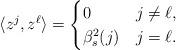
LaTeX: \begin{align*}\langle z^j, z^{\ell}\rangle & = \begin{cases} 0 & j\neq \ell,\\ \beta^2_s(j) & j=\ell. \end{cases}\end{align*}